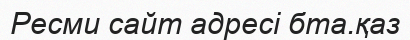
Ресми сайт адресі бта.қаз